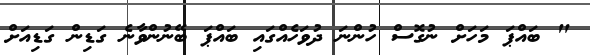
" ބައްޕަ މަހަށް ނުގޮސް ހުންނަ ދުވަހެއްގައި ބައްޕަ ބޭނުންވާނެ ގަޑިން ގަޑިއަށް